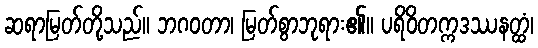
ဆရာမြတ်တို့သည်။ ဘဂဝတာ၊ မြတ်စွာဘုရား၏။ ပရိဝိတက္ကဒဿနတ္ထံ၊